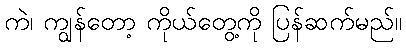
ကဲ၊ ကျွန်တော့ ကိုယ်တွေ့ကို ပြန်ဆက်မည်။